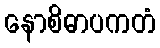
နောစိဓာပကတံ